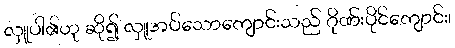
လှူပါ၏ဟု ဆို၍ လှူအပ်သောကျောင်းသည် ဂိုဏ်းပိုင်ကျောင်း၊